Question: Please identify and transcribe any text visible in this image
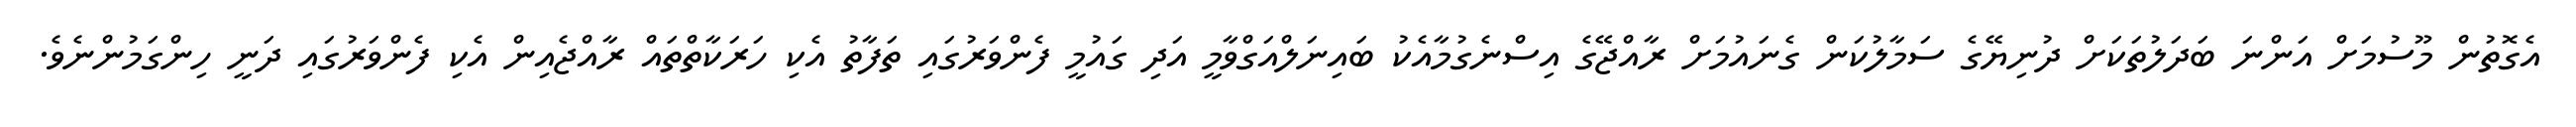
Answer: އެގޮތުން މޫސުމަށް އަންނަ ބަދަލުތަކަށް ދުނިޔޭގެ ސަމާލުކަން ގެނައުމަށް ރާއްޖޭގެ އިސްނެގުމާއެކު ބައިނަލްއަގްވާމީ އަދި ގައުމީ ފެންވަރުގައި ތަފާތު އެކި ހަރަކާތްތައް ރާއްޖެއިން އެކި ފެންވަރުގައި ދަނީ ހިންގަމުންނެވެ.